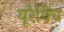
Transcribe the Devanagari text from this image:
यूरेविच